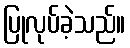
ပြုလုပ်ခဲ့သည်။